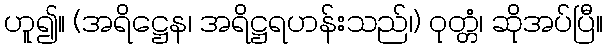
ဟူ၍။ (အရိဋ္ဌေန၊ အရိဋ္ဌရဟန်းသည်၊) ဝုတ္တံ၊ ဆိုအပ်ပြီ။